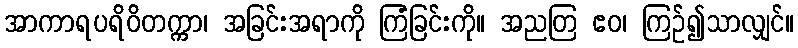
အာကာရပရိဝိတက္ကာ၊ အခြင်းအရာကို ကြံခြင်းကို။ အညတြ ဧဝ၊ ကြဉ်၍သာလျှင်။